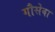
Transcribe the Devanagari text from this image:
गौसेवा